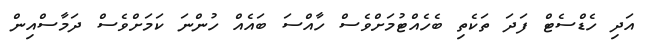
އަދި ހެޑްސެޓް ފަދަ ތަކެތި ބެހެއްޓުމަށްވެސް ހާއްސަ ބައެއް ހުންނަ ކަމަށްވެސް ދަމާސްއިން